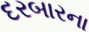
દરબારના